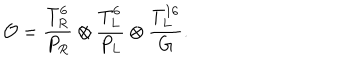
LaTeX: { \cal O } = \frac { T _ { R } ^ { 6 } } { P _ { R } } \otimes \frac { T _ { L } ^ { 6 } } { P _ { L } } \otimes \frac { T _ { L } ^ { 1 6 } } { G } .